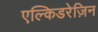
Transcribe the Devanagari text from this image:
एल्किडरेज़िन